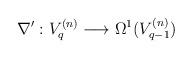
LaTeX: \begin{align*}\nabla^\prime : V^{(n)}_q\longrightarrow \Omega^1(V^{(n)}_{q-1})\end{align*}